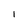
Character: 1